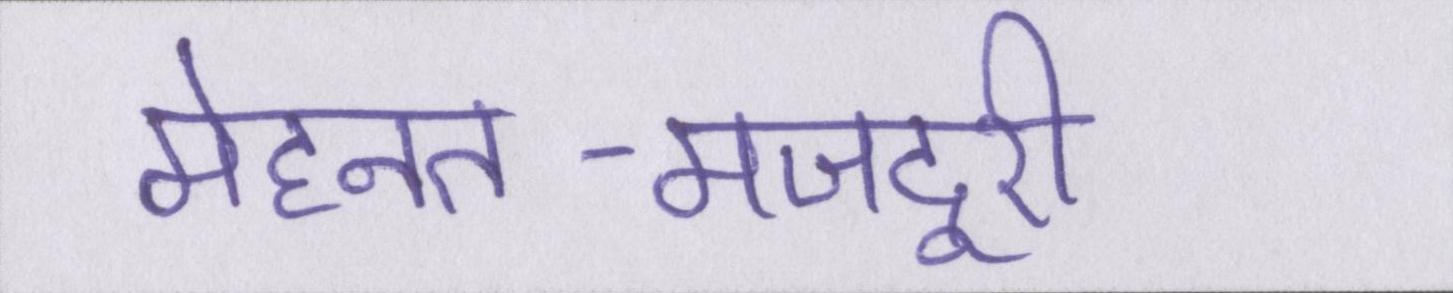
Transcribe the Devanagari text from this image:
मेहनत-मजदूरी